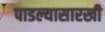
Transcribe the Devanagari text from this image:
पाडल्यासारखी